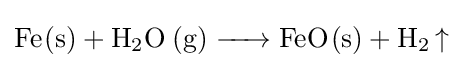
{\ce {Fe(s) + H2O (g) -> FeO(s) + H2 ^}}